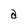
Character: a